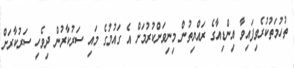
ތުހުމަތުކުރެވިފައިވާ އިންޑިއާގެ ރައްޔިތުން މިނިވަންކުރުމަށް އެ ގައުމުގެ މައި ސަރުކާރުން ދިވެހި ސަރުކާރަށް